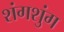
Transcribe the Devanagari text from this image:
शंगशुंग